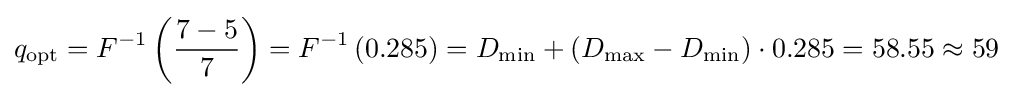
q_{\text{opt}}=F^{-1}\left({\frac {7-5}{7}}\right)=F^{-1}\left(0.285\right)=D_{\min }+(D_{\max }-D_{\min })\cdot 0.285=58.55\approx 59